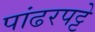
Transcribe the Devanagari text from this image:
पांढरपट्टे